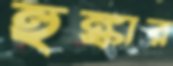
হুঙ্কার